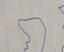
Signature authenticity: forged